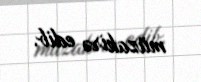
müzakirə edib.